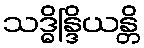
သဒ္ဓိန္ဒြိယန္တိ